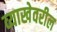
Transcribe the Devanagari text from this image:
व्याखेवरील